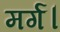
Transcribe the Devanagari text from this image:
मर्ग।